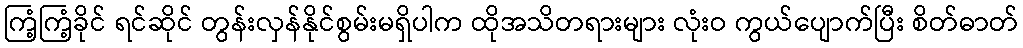
ကြံ့ကြံ့ခိုင် ရင်ဆိုင် တွန်းလှန်နိုင်စွမ်းမရှိပါက ထိုအသိတရားများ လုံးဝ ကွယ်ပျောက်ပြီး စိတ်ဓာတ်